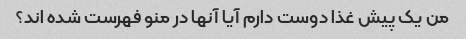
من یک پیش غذا دوست دارم آیا آنها در منو فهرست شده اند؟